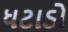
ધટાડો